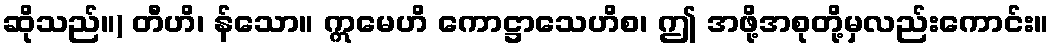
ဆိုသည်။) တီဟိ၊ န်သော။ ဣမေဟိ ကောဋ္ဌာသေဟိစ၊ ဤ အဖို့အစုတို့မှလည်းကောင်း။